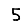
Digit: 5